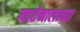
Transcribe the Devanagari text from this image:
ग्वातेमालाच्या